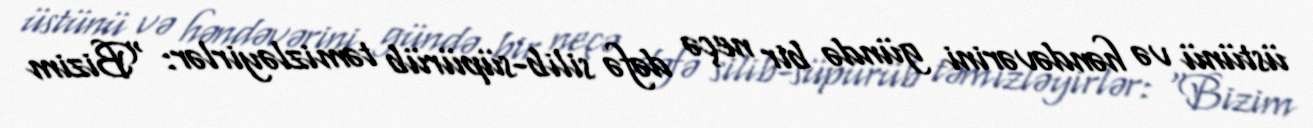
üstünü və həndəvərini gündə bir neçə dəfə silib-süpürüb təmizləyirlər: “Bizim